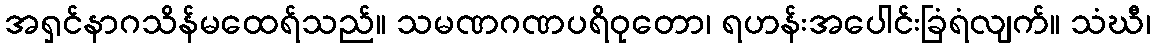
အရှင်နာဂသိန်မထေရ်သည်။ သမဏဂဏပရိဝုတော၊ ရဟန်းအပေါင်းခြံရံလျက်။ သံဃီ၊